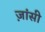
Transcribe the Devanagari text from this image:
ज़ांसी